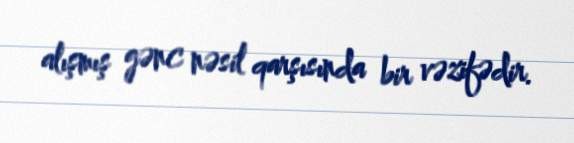
alışmış gənc nəsil qarşısında bir vəzifədir.